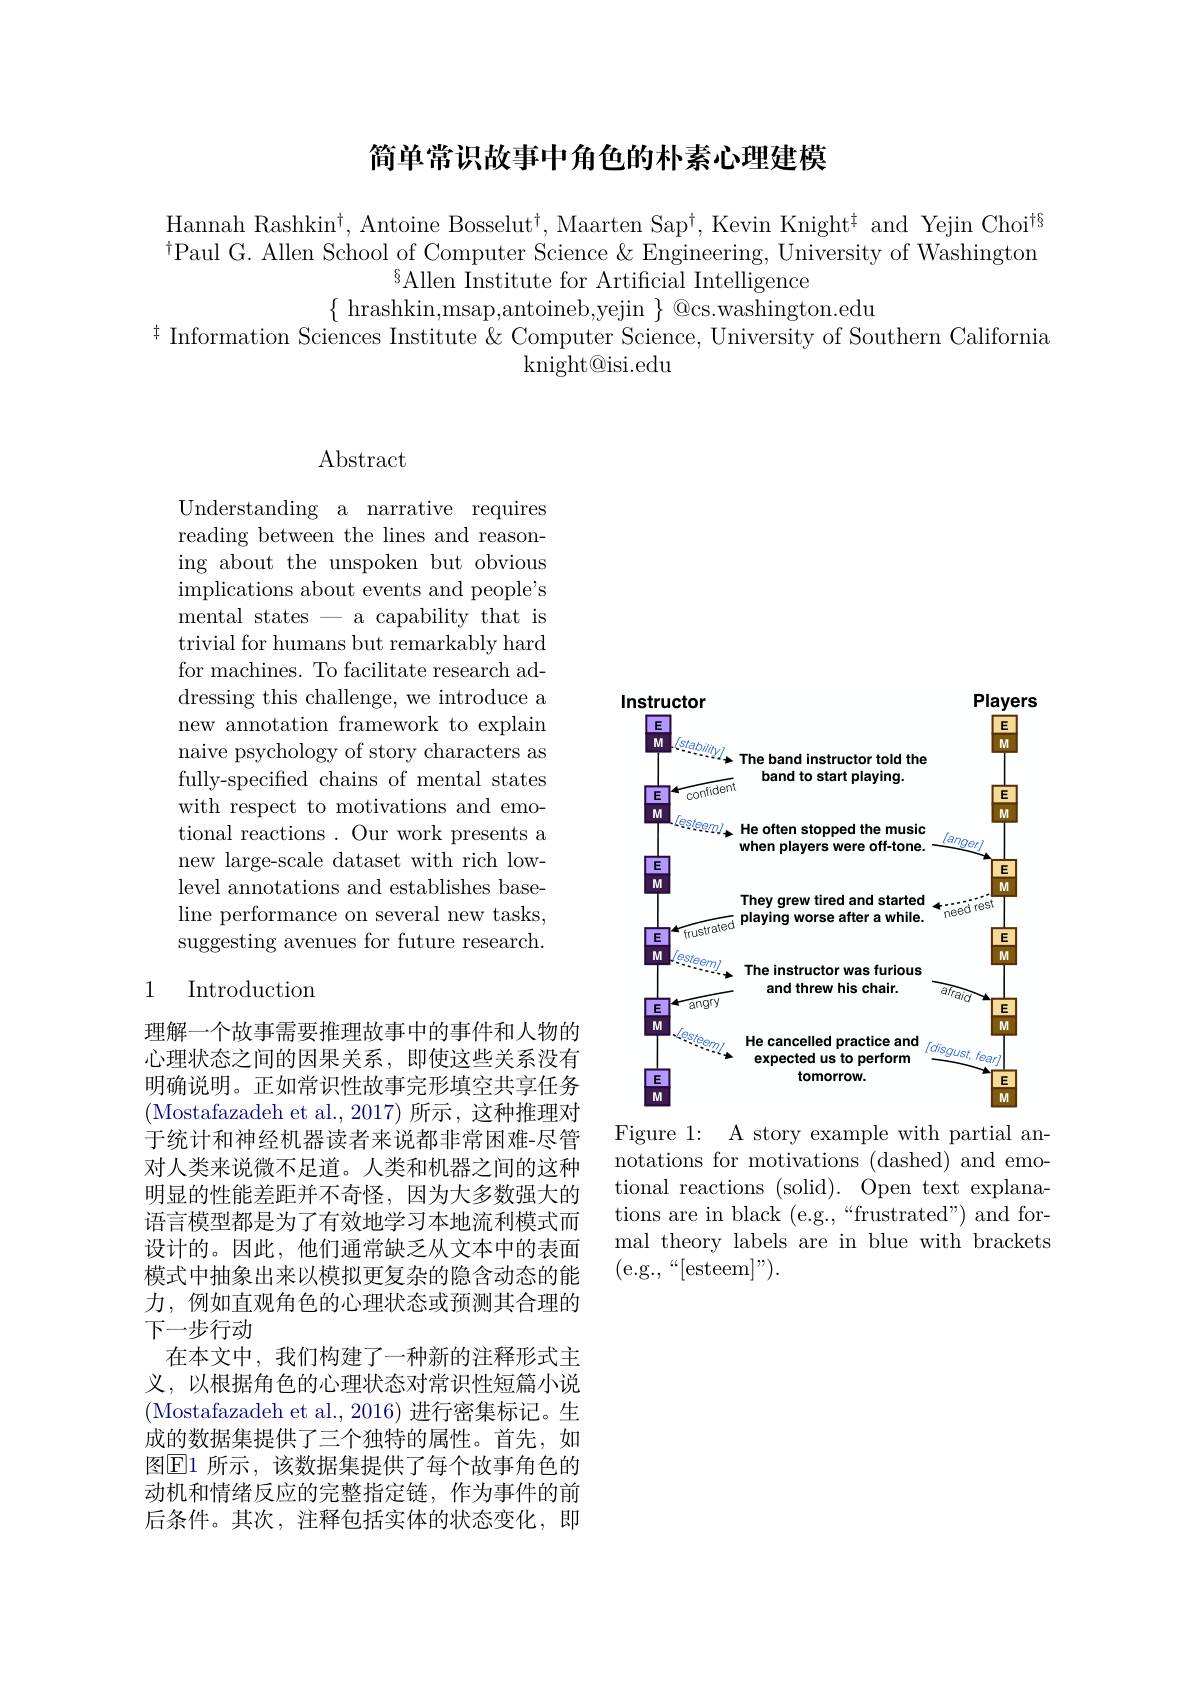
## 简单常识故事中角色的朴素心理建模

Hannah Rashkin$^\dagger$, Antoine Bosselut$^\dagger$, Maarten Sap$^\dagger$, Kevin Knight$^\dagger$ and Yejin Choi$^{\dagger9}$ $^{\dagger}$Paul G. Allen School of Computer Science & Engineering, University of Washington
$^{6}$Allen Institute for Artificial Intelligence
$\{\begin{array}{c}{\mathrm{hrashkin,msap,antoineb,yejin~}}\\{\mathrm{@cs.washington.edu}}\\\end{array}$
$^{\ddagger}$ Information Sciences Institute & Computer Science, University of Southern California
$\operatorname{knight@isi.edu}$

## $\operatorname{Abstract}$

Understanding a narrative requires reading between the lines and reasoning about the unspoken but obvious implications about events and people's mental states - a capability that is trivial for humans but remarkably hard for machines. To facilitate research addressing this challenge, we introduce a new annotation framework to explain naive psychology of story characters as fully-specified chains of mental states with respect to motivations and emotional reactions . Our work presents a new large-scale dataset with rich lowlevel annotations and establishes baseline performance on several new tasks, suggesting avenues for future research.

### 1 Introduction

理解一个故事需要推理故事中的事件和人物的心理状态之间的因果关系，即使这些关系没有明确说明。正如常识性故事完形填空共享任务(Mostafazadeh et al., 2017) 所示，这种推理对于统计和神经机器读者来说都非常困难-尽管对人类来说微不足道。人类和机器之间的这种明显的性能差距并不奇怪，因为大多数强大的语言模型都是为了有效地学习本地流利模式而设计的。因此，他们通常缺乏从文本中的表面模式中抽象出来以模拟更复杂的隐含动态的能力，例如直观角色的心理状态或预测其合理的下一步行动
在本文中，我们构建了一种新的注释形式主义，以根据角色的心理状态对常识性短篇小说(Mostafazadeh et al., 2016) 进行密集标记。生成的数据集提供了三个独特的属性。首先，如图$\boxed{\mathrm{E}}1$ 所示，该数据集提供了每个故事角色的动机和情绪反应的完整指定链，作为事件的前后条件。其次，注释包括实体的状态变化，即

<FigureHere>

Figure 1: A story example with partial annotations for motivations (dashed) and emotional reactions (solid). Open text explanations are in black (e.g.,“frustrated”) and formal theory labels are in blue with brackets (e.g.$,“[$esteem$]”).$